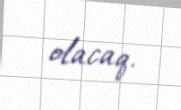
olacaq.